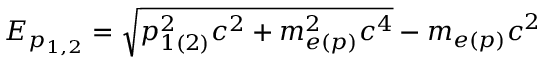
E _ { p _ { 1 , 2 } } = \sqrt { p _ { 1 ( 2 ) } ^ { 2 } c ^ { 2 } + m _ { e ( p ) } ^ { 2 } c ^ { 4 } } - m _ { e ( p ) } c ^ { 2 }